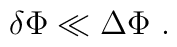
\delta \Phi \ll \Delta \Phi \ .